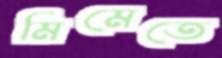
মিমেতে